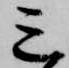
三